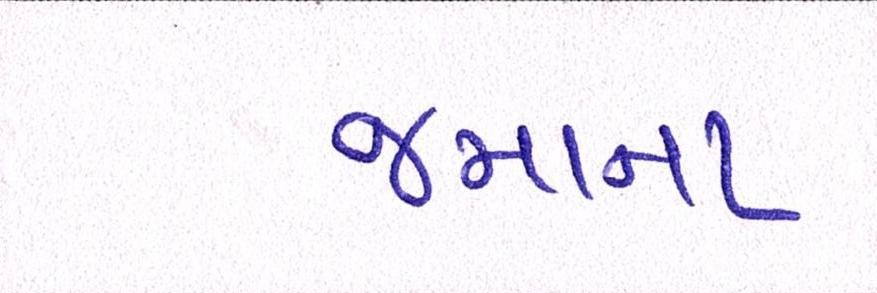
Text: જમાના